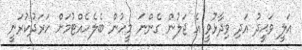
އަލީ ވަޙީދު އަދި ވިދާޅުވީ އެ ޖަލުން ގެންނަ މީހުން ބެލެހެއްޓުމަށް ހަރަދުކުރަނީ